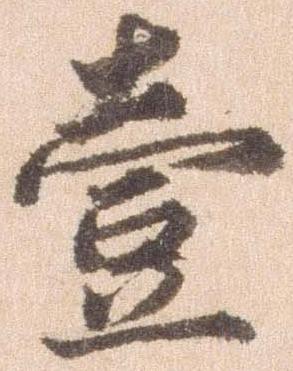
壱